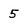
Character: 5